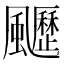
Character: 𩙖